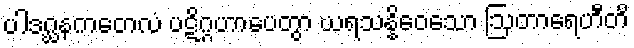
ပါဒဂ္ဃနကတေလံ ပဋိဂ္ဂဟာပေတွာ ဃရသန္နိဝေသော ဩတာရေဟီတိ